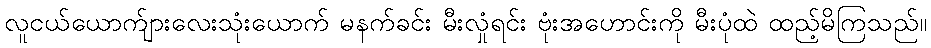
လူငယ်ယောက်ျားလေးသုံးယောက် မနက်ခင်း မီးလှုံရင်း ဗုံးအဟောင်းကို မီးပုံထဲ ထည့်မိကြသည်။